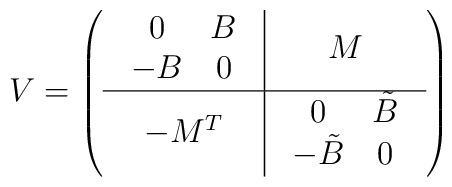
V=\left(\begin{array}{c|c}\begin{array}{cc}0 & B \\-B & 0 \\\end{array} & M \\ \hline- M^T & \begin{array}{cc}0 & \tilde B \\-\tilde B & 0 \\\end{array}\end{array}\right)